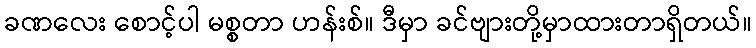
ခဏလေး စောင့်ပါ မစ္စတာ ဟန်းစ်။ ဒီမှာ ခင်ဗျားတို့မှာထားတာရှိတယ်။